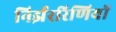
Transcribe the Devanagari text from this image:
निर्झररिणियों